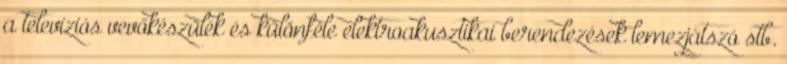
a televíziós vevőkészülék és különféle elektroakusztikai berendezések lemezjátszó stb.